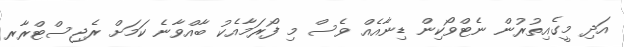
އަދި މީގެއިތުރުން ނެޓްވޯކިން ޑިނާއެއް ވެސް މި ފޯރަމާއެކު ބާއްވާނެ ކަމަށް ރެޖިސްޓްރާރ